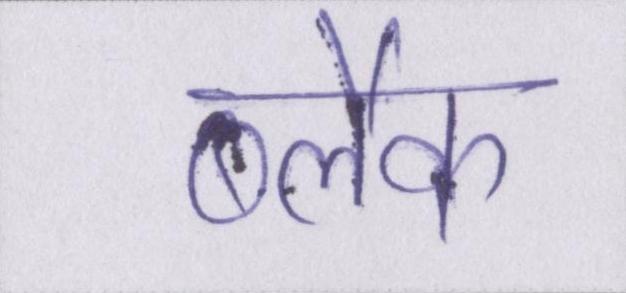
ब्लैक